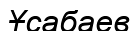
Ұсабаев